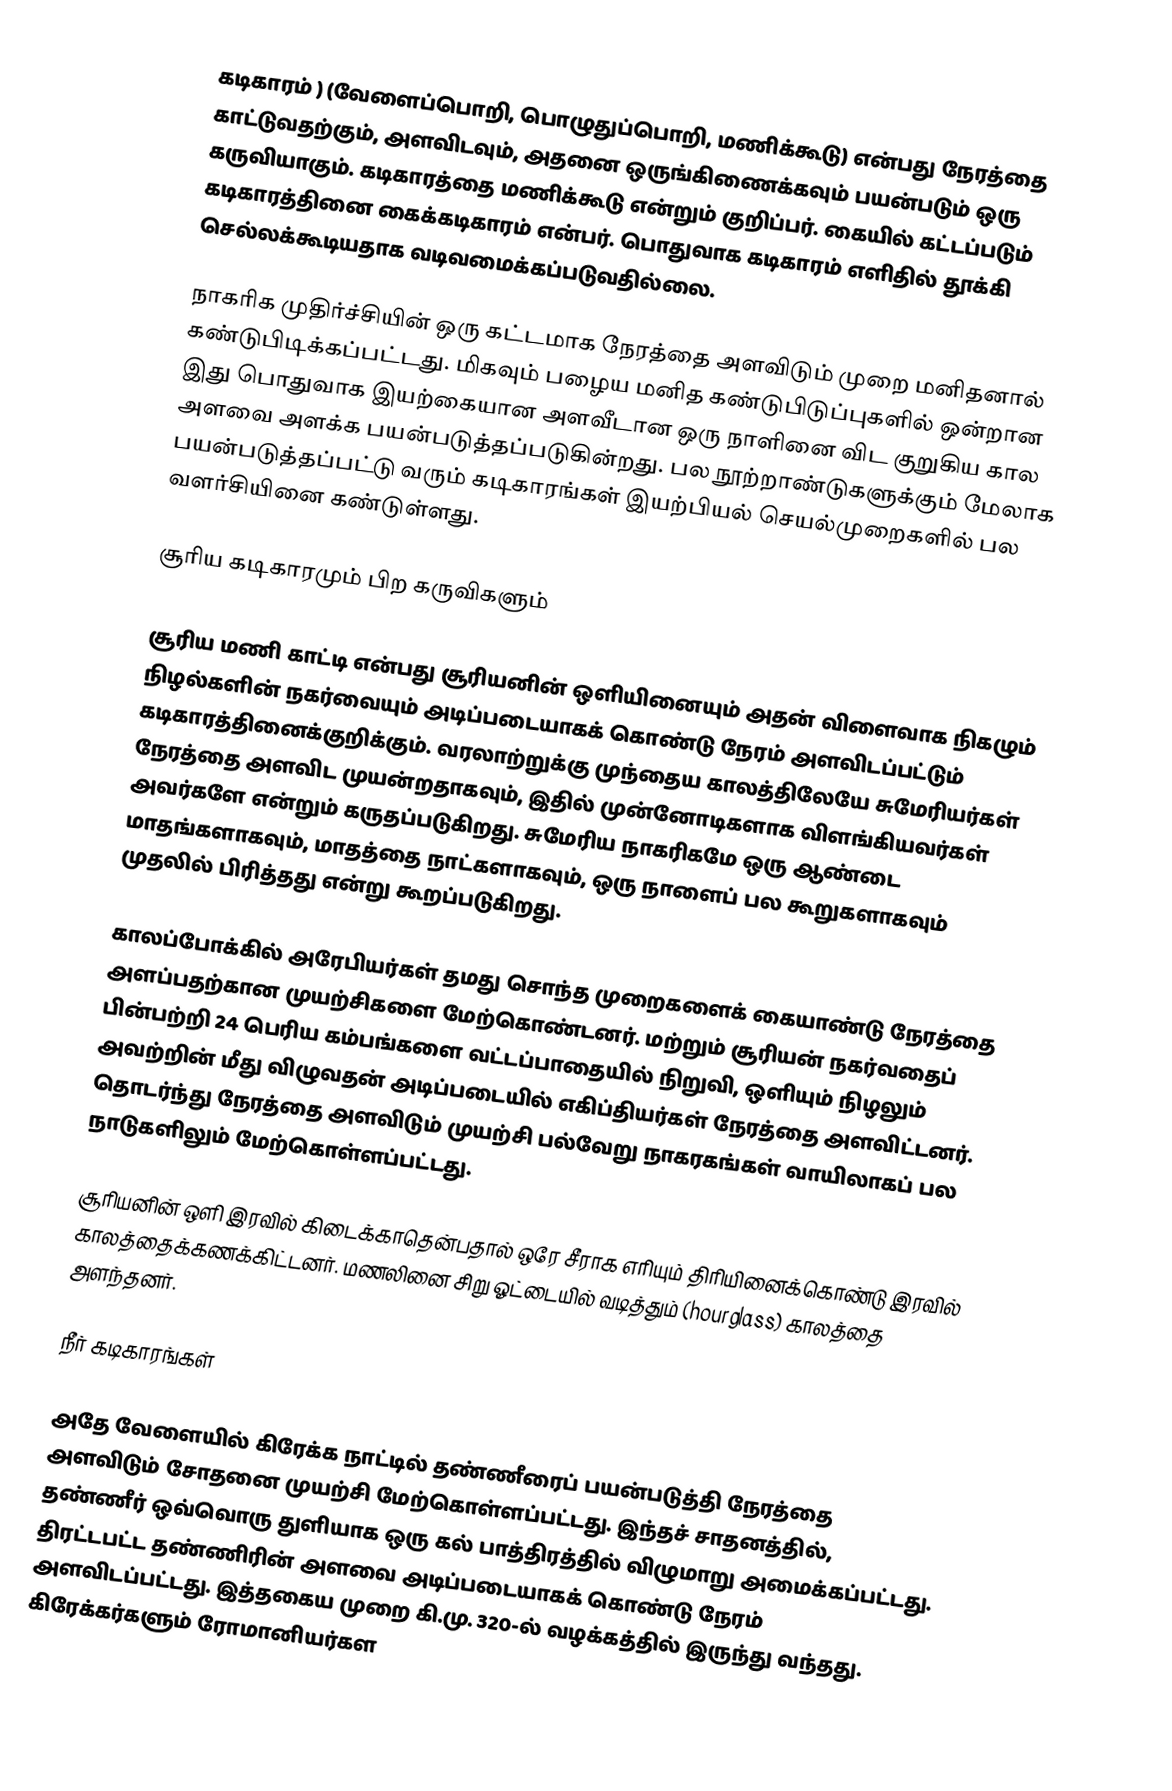
கடிகாரம் )  (வேளைப்பொறி, பொழுதுப்பொறி, மணிக்கூடு) என்பது நேரத்தை காட்டுவதற்கும், அளவிடவும், அதனை ஒருங்கிணைக்கவும் பயன்படும் ஒரு கருவியாகும். கடிகாரத்தை மணிக்கூடு என்றும் குறிப்பர். கையில் கட்டப்படும் கடிகாரத்தினை கைக்கடிகாரம் என்பர். பொதுவாக கடிகாரம் எளிதில் தூக்கி செல்லக்கூடியதாக வடிவமைக்கப்படுவதில்லை.

நாகரிக முதிர்ச்சியின் ஒரு கட்டமாக நேரத்தை அளவிடும் முறை மனிதனால் கண்டுபிடிக்கப்பட்டது. மிகவும் பழைய மனித கண்டுபிடுப்புகளில் ஒன்றான இது பொதுவாக இயற்கையான அளவீடான ஒரு நாளினை விட குறுகிய கால அளவை அளக்க பயன்படுத்தப்படுகின்றது. பல நூற்றாண்டுகளுக்கும் மேலாக பயன்படுத்தப்பட்டு வரும் கடிகாரங்கள் இயற்பியல் செயல்முறைகளில் பல வளர்சியினை கண்டுள்ளது.

சூரிய கடிகாரமும் பிற கருவிகளும்

சூரிய மணி காட்டி என்பது சூரியனின் ஒளியினையும் அதன் விளைவாக நிகழும் நிழல்களின் நகர்வையும் அடிப்படையாகக் கொண்டு நேரம் அளவிடப்பட்டும் கடிகாரத்தினைக்குறிக்கும். வரலாற்றுக்கு முந்தைய காலத்திலேயே சுமேரியர்கள் நேரத்தை அளவிட முயன்றதாகவும், இதில் முன்னோடிகளாக விளங்கியவர்கள் அவர்களே என்றும் கருதப்படுகிறது. சுமேரிய நாகரிகமே ஒரு ஆண்டை மாதங்களாகவும், மாதத்தை நாட்களாகவும், ஒரு நாளைப் பல கூறுகளாகவும் முதலில் பிரித்தது என்று கூறப்படுகிறது.

காலப்போக்கில் அரேபியர்கள் தமது சொந்த முறைகளைக் கையாண்டு நேரத்தை அளப்பதற்கான முயற்சிகளை மேற்கொண்டனர். மற்றும் சூரியன் நகர்வதைப் பின்பற்றி 24 பெரிய கம்பங்களை வட்டப்பாதையில் நிறுவி, ஒளியும் நிழலும் அவற்றின் மீது விழுவதன் அடிப்படையில் எகிப்தியர்கள் நேரத்தை அளவிட்டனர். தொடர்ந்து நேரத்தை அளவிடும் முயற்சி பல்வேறு நாகரகங்கள் வாயிலாகப் பல நாடுகளிலும் மேற்கொள்ளப்பட்டது.

சூரியனின் ஒளி இரவில் கிடைக்காதென்பதால் ஒரே சீராக எரியும் திரியினைக்கொண்டு இரவில் காலத்தைக்கணக்கிட்டனர். மணலினை சிறு ஓட்டையில் வடித்தும் (hourglass) காலத்தை அளந்தனர்.

நீர் கடிகாரங்கள்

அதே வேளையில் கிரேக்க நாட்டில் தண்ணீரைப் பயன்படுத்தி நேரத்தை அளவிடும் சோதனை முயற்சி மேற்கொள்ளப்பட்டது. இந்தச் சாதனத்தில், தண்ணீர் ஒவ்வொரு துளியாக ஒரு கல் பாத்திரத்தில் விழுமாறு அமைக்கப்பட்டது. திரட்டபட்ட தண்ணிரின் அளவை அடிப்படையாகக் கொண்டு நேரம் அளவிடப்பட்டது. இத்தகைய முறை கி.மு. 320-ல் வழக்கத்தில் இருந்து வந்தது. கிரேக்கர்களும் ரோமானியர்கள